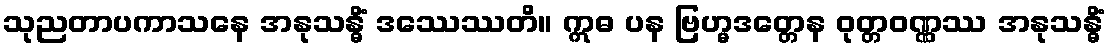
သုညတာပကာသနေ အနုသန္ဓိံ ဒဿေဿတိ။ ဣဓ ပန ဗြဟ္မဒတ္တေန ဝုတ္တဝဏ္ဏဿ အနုသန္ဓိံ